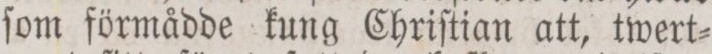
ſom förmådde kung Chriſtian att, twert=